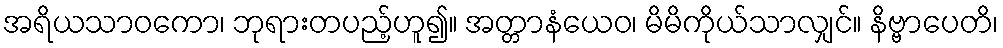
အရိယသာဝကော၊ ဘုရားတပည့်ဟူ၍။ အတ္တာနံယေဝ၊ မိမိကိုယ်သာလျှင်။ နိဗ္ဗာပေတိ၊